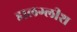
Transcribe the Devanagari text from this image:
डालग्लीश